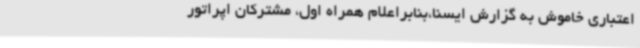
اعتباری خاموش به گزارش ایسنا،بنابراعلام همراه اول، مشترکان اپراتور